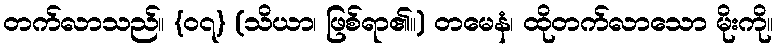
တက်လာသည်။ {၀၇} (သိယာ၊ ဖြစ်ရာ၏။) တမေနံ၊ ထိုတက်လာသော မိုးကို။